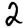
Digit: 2